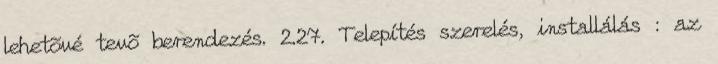
lehetõvé tevõ berendezés. 2.27. Telepítés szerelés, installálás : az